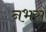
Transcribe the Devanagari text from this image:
नभस